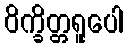
ဝိက္ခိတ္တရူပေါ